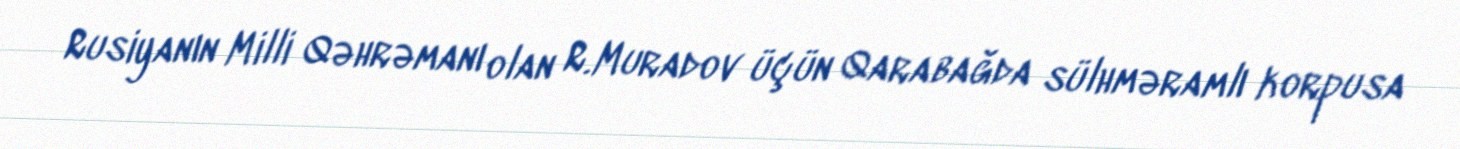
Rusiyanın Milli Qəhrəmanı olan R.Muradov üçün Qarabağda sülhməramlı korpusa